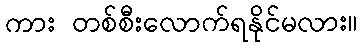
ကား တစ်စီးလောက်ရနိုင်မလား။